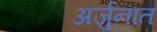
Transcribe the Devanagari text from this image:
अर्जुनात